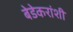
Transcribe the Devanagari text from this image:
बेडेकरांशी